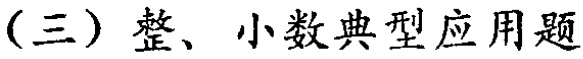
（三）整、小数典型应用题